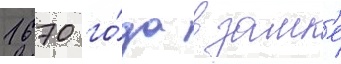
1670 го́да в замк'е